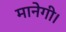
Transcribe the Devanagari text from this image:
मानेगी।